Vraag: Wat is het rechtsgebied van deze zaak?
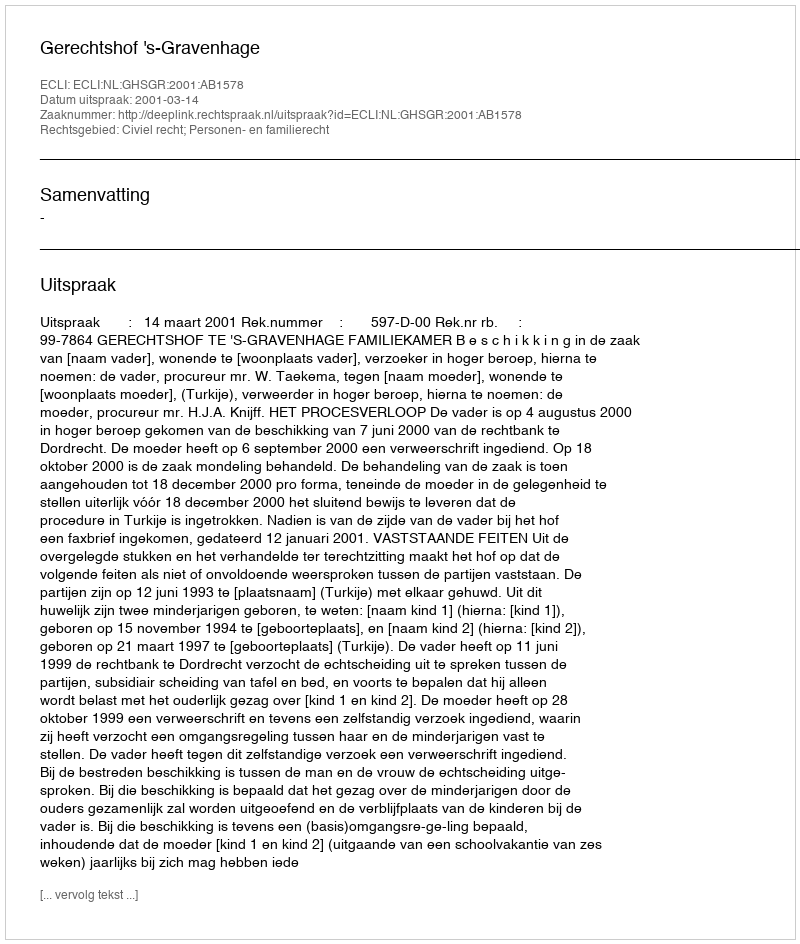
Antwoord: Civiel recht; Personen- en familierecht